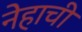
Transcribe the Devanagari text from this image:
नेहाची